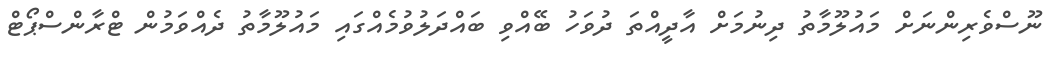
ނޫސްވެރިންނަށް މައުލޫމާތު ދިނުމަށް އާދީއްތަ ދުވަހު ބޭއްވި ބައްދަލުވުމެއްގައި މައުލޫމާތު ދެއްވަމުން ޓްރާންސްޕޯޓް